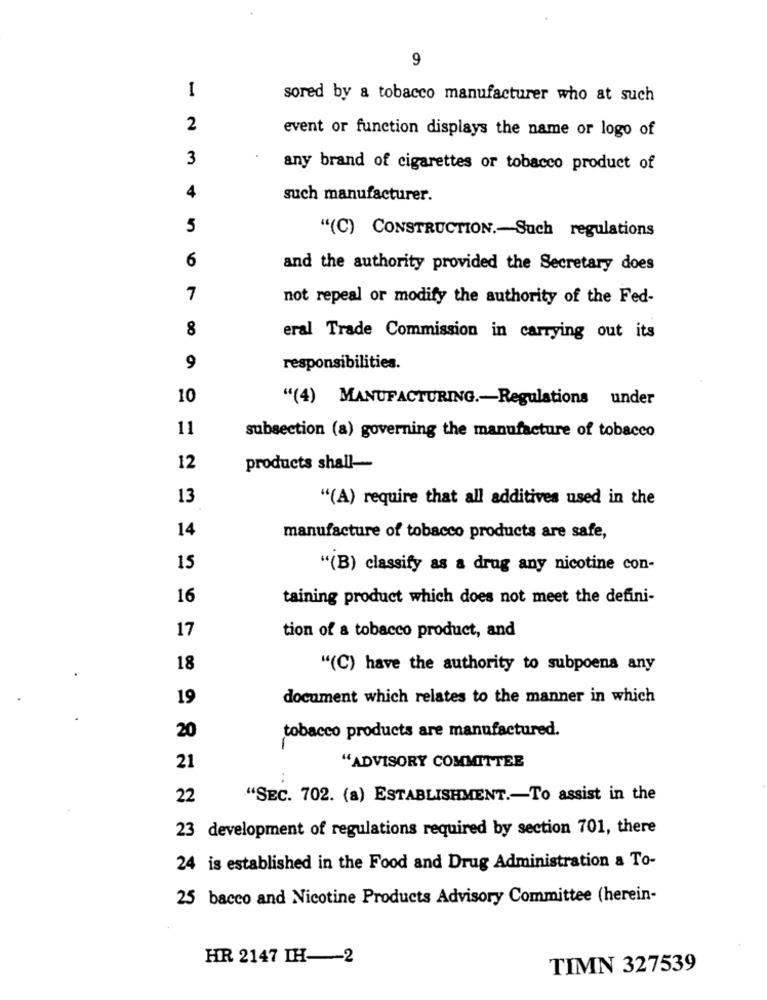
9
1
sored by a tobacco manufacturer who at such
2
event or function displays the name or logo of
3
any brand of cigarettes or tobacco product of
4
such manufacturer.
5
"(C) CONSTRUCTION .- Such regulations
6
and the authority provided the Secretary does
7
not repeal or modify the authority of the Fed-
8
eral Trade Commission in carrying out its
9
responsibilities.
10
"(4) MANUFACTURING .- Regulations under
11
subsection (a) governing the manufacture of tobacco
12
products shall-
13
"(A) require that all additives used in the
14
manufacture of tobacco products are safe,
15
"(B) classify as a drug any nicotine con-
16
taining product which does not meet the defini-
17
tion of a tobacco product, and
18
"(C) have the authority to subpoena any
19
document which relates to the manner in which
tobacco products are manufactured.
20
21
"ADVISORY COMMITTEE
22
"SEC. 702. (a) ESTABLISHMENT .- To assist in the
23 development of regulations required by section 701, there
24 is established in the Food and Drug Administration a To-
25 bacco and Nicotine Products Advisory Committee (herein-
HR 2147 IH-2
TIMN 327539